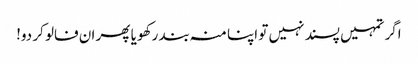
اگر تمہیں پسند نہیں تو اپنا منہ بند رکھو یا پھر ان فالو کر دو!